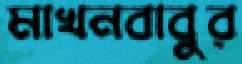
মাখনবাবুর